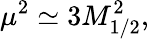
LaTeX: \mu^{2}\simeq 3M_{1/2}^{2},